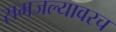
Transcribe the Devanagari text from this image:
समजल्यावरच